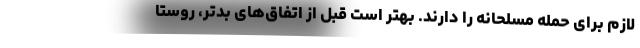
لازم برای حمله مسلحانه را دارند. بهتر است قبل از اتفاق‌های بدتر، روستا